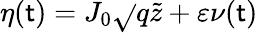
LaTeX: \eta(\mathsf{t})=J_{0}\sqrt{}{{q}}\tilde{{z}}+\varepsilon\nu(\mathsf{t})